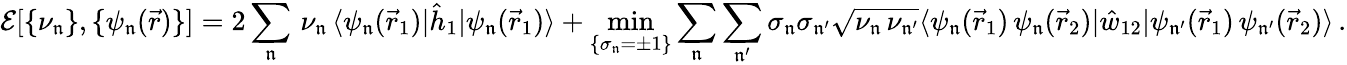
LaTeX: \mathcal{E}[\{ \nu_{\mathfrak{n}}\} ,\{ \psi_{\mathfrak{n}}(\vec{r})\} ]=2\sum_{\mathfrak{n}}\, \nu_{\mathfrak{n}}\, \langle\psi_{\mathfrak{n}}(\vec{r}_{1})|\hat{h}_{1}|\psi_{\mathfrak{n}}(\vec{r}_{1})\rangle+\operatorname*{min}_{\{ \sigma_{\mathfrak{n}}=\pm 1\} }\sum_{\mathfrak{n}}\sum_{\mathfrak{n^{\prime}}}\sigma_{\mathfrak{n}}\sigma_{\mathfrak{n^{\prime}}}\sqrt{\nu_{\mathfrak{n}}\, \nu_{\mathfrak{n^{\prime}}}}\langle\psi_{\mathfrak{n}}(\vec{r}_{1})\, \psi_{\mathfrak{n}}(\vec{r}_{2})|\hat{w}_{12}|\psi_{\mathfrak{n^{\prime}}}(\vec{r}_{1})\, \psi_{\mathfrak{n^{\prime}}}(\vec{r}_{2})\rangle\, .